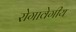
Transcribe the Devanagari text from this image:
रोगावेगीय